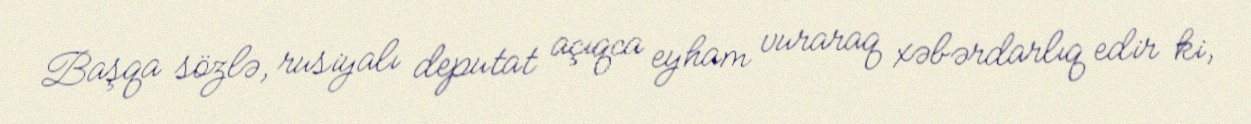
Başqa sözlə, rusiyalı deputat açıqca eyham vuraraq xəbərdarlıq edir ki,